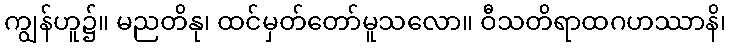
ကျွန်ဟူ၌။ မညတိနု၊ ထင်မှတ်တော်မူသလော။ ဝီသတိရာထဂဟဿာနိ၊